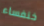
خنفساء